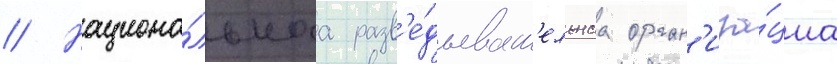
// Национа́льнаа разв'е́дыват'ельнаа орган'иза́циа